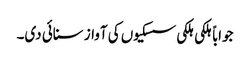
جواباً ہلکی ہلکی سسکیوں کی آواز سنائی دی۔